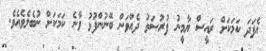
އެފަދަ ކަމަކަށް ރައީސް ޔާމީނު ފުރުޞަތު ދެއްވަން ބޭނުންފުޅު ވާނެ ކަމަކަށް ނުބެލެވެއެވެ.